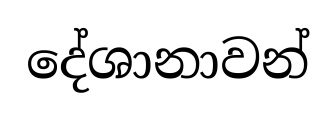
දේශානාවන්